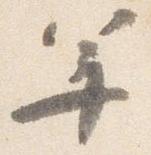
年